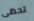
تحظى